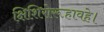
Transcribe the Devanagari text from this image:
क्षिशिरोरूहावहे।